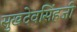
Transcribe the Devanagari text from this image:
सुखदेवसिंहजी